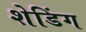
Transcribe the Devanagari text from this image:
शेडिंग